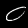
Label: 0